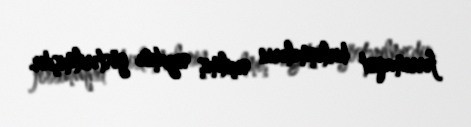
ferrimaqnit birləşmələrin seçilmiş siyahısı göstərilmişdir.